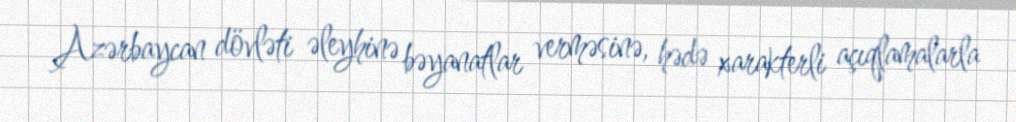
Azərbaycan dövləti əleyhinə bəyanatlar verməsinə, hədə xarakterli açıqlamalarla